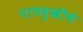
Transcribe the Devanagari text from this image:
पाठदुखीचे